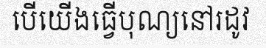
បើយើងធ្វើបុណ្យនៅរដូវ